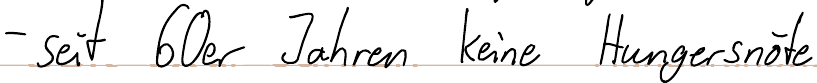
- seit 60er Jahren keine Hungersnöte